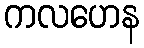
ကလဟေန